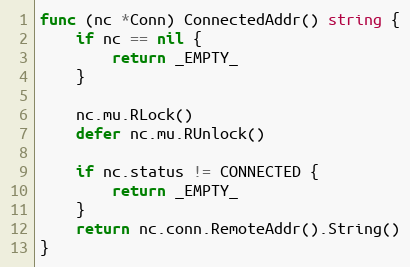
Language: Go
func (nc *Conn) ConnectedAddr() string {
	if nc == nil {
		return _EMPTY_
	}

	nc.mu.RLock()
	defer nc.mu.RUnlock()

	if nc.status != CONNECTED {
		return _EMPTY_
	}
	return nc.conn.RemoteAddr().String()
}